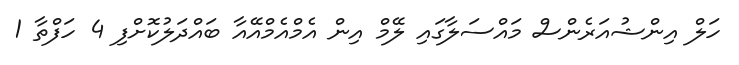
ހަލް އިންޝުއަރެންސް މައްސަލާގައި ލޭމް އިން އެމްއެމްއޭއާ ބައްދަލުކޮށްފި 4 ހަފްތާ 1